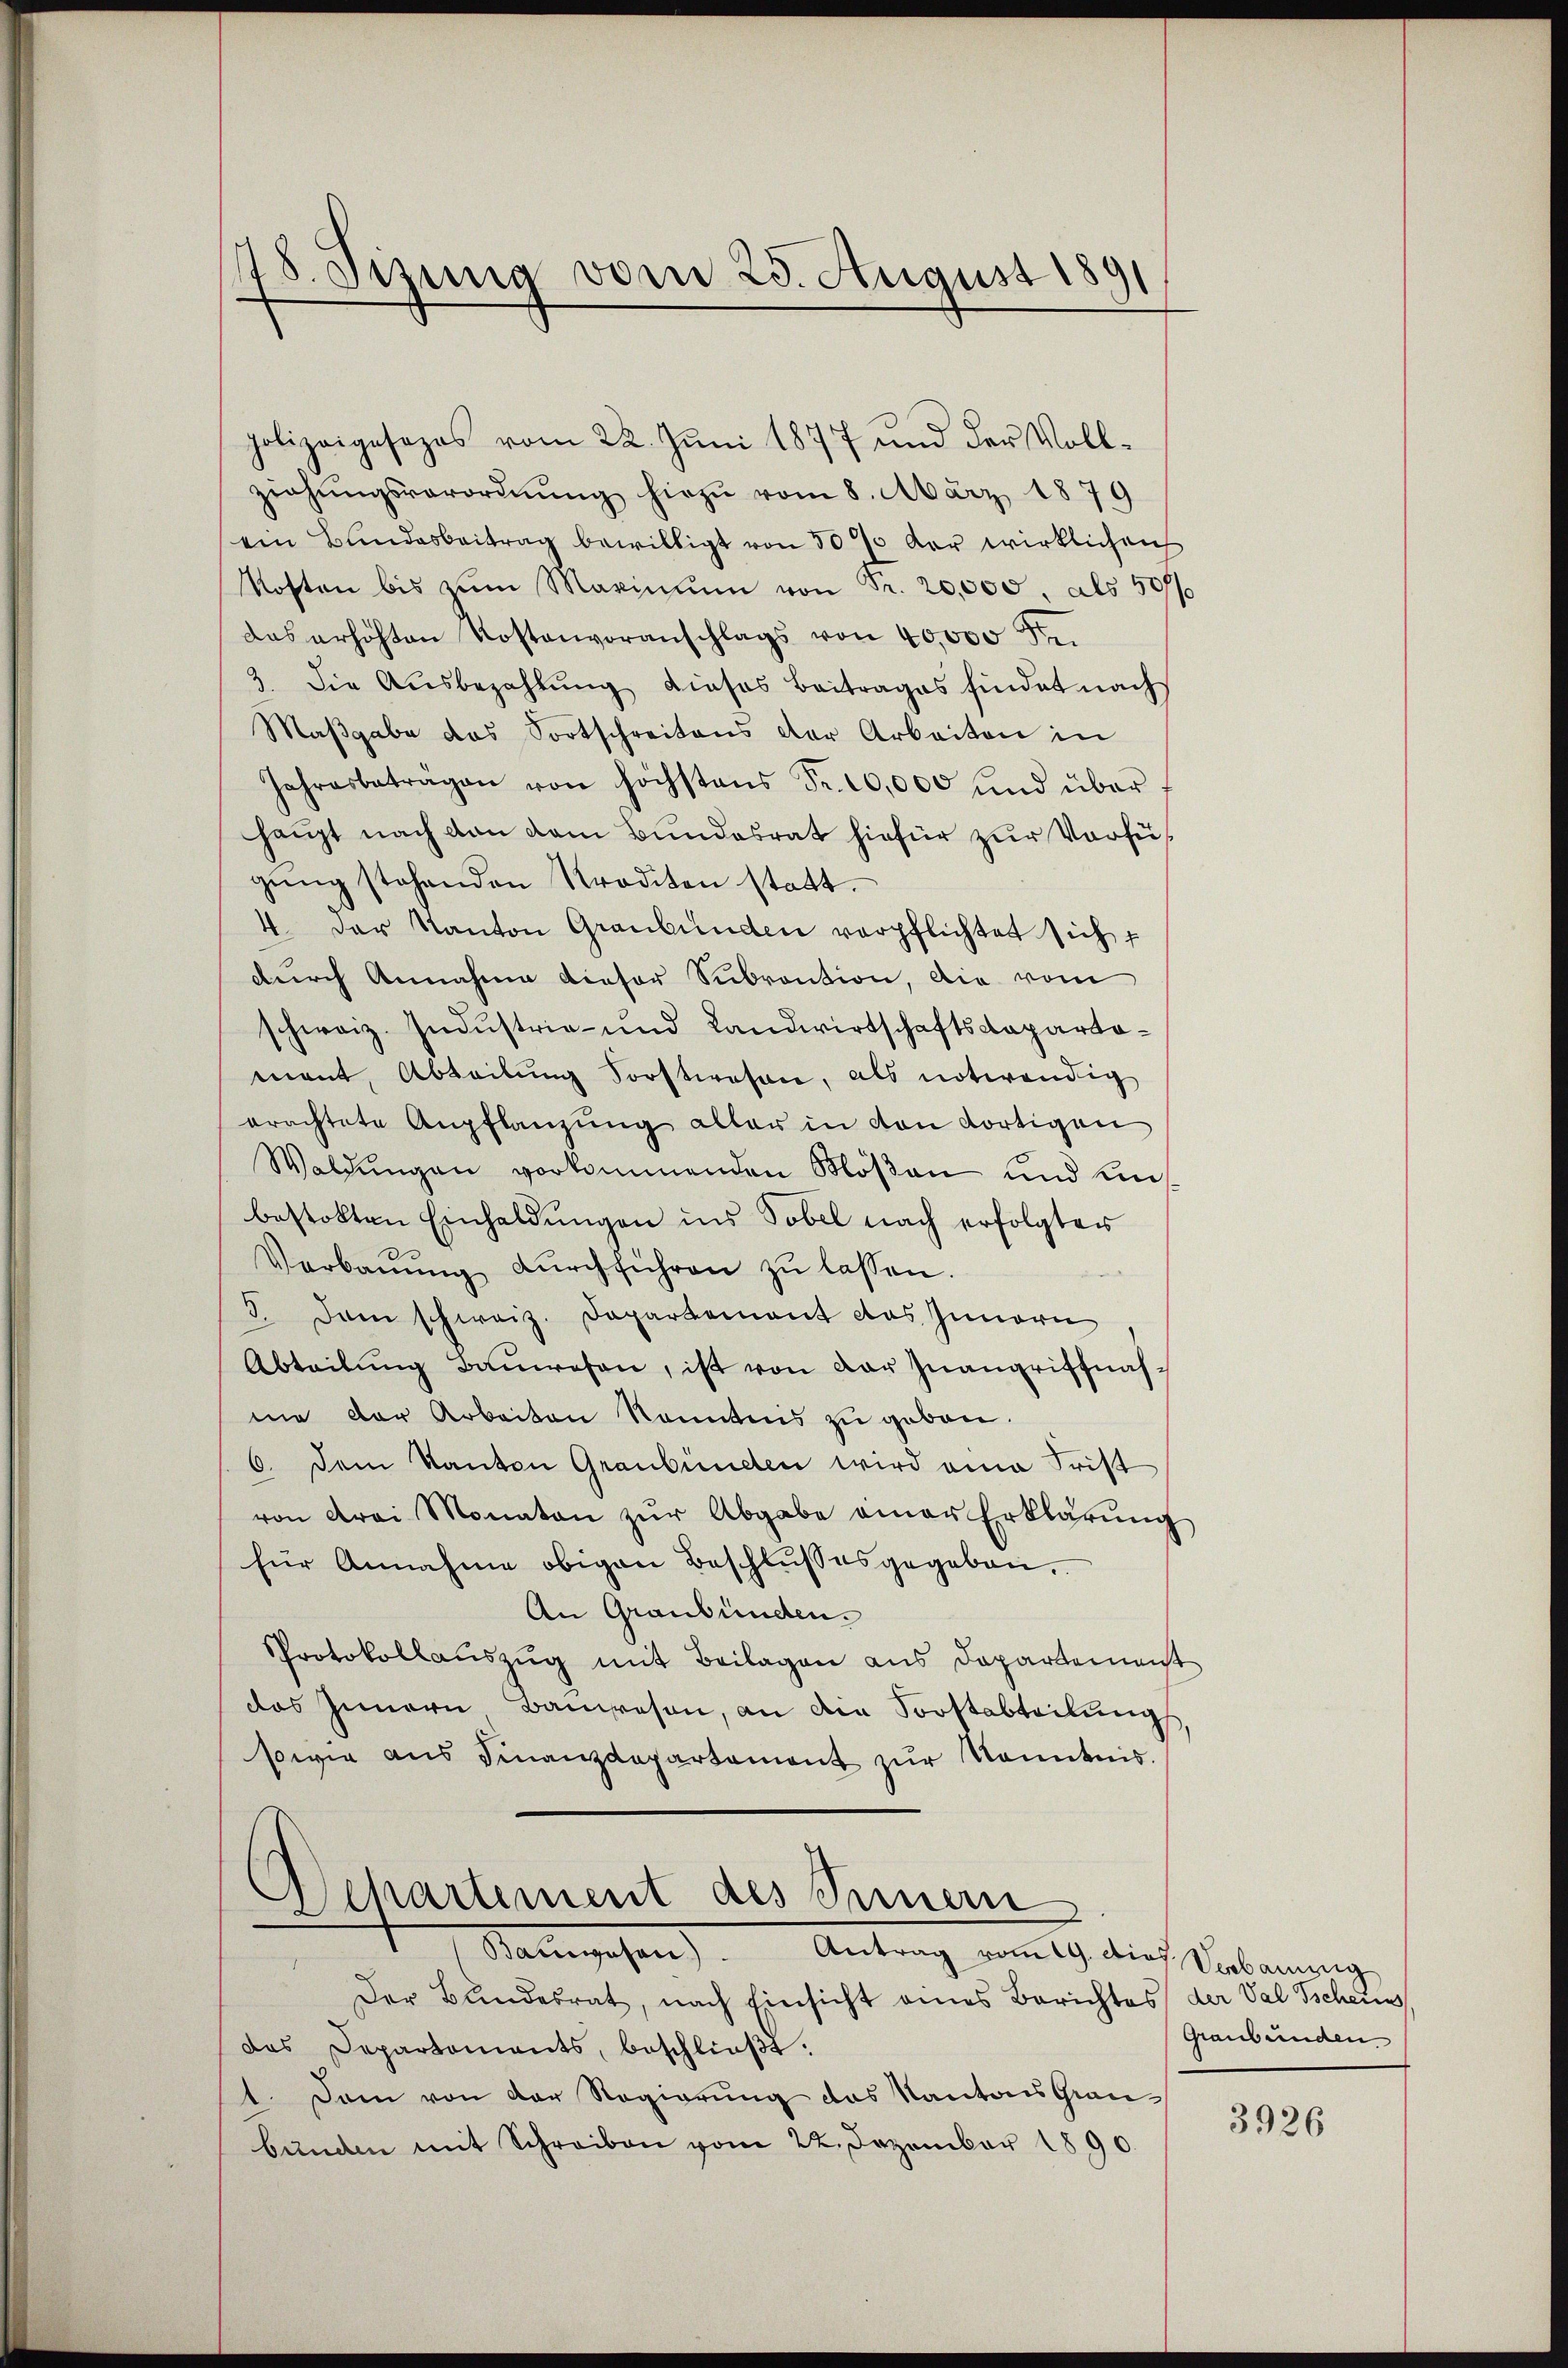
78. Sitzung vom 25. August 1891.

polizeigesezes vom 22. Jŭni 1877 und der Voll-
ziehŭngsverordnŭng hiezu vom 8. März 1879
ein Bundesbeitrag bewilligt von 50 % der wirklichen
Kosten bis zŭm Maximŭm von Fr. 20,000, als 507/
das erhöhten Kostenvoranschlags von 40,000 Frei
3. Die Aŭsbezahlŭng dieses Beitrages findet nach
Maβgabe das Fortschreitens der Arbeiten in
Jahresbeträgen von höchstens Fr. 10,000 und über
haupt nach den dem Bundesrat hiefür zur Verfügŭng stehenden Krediten statt.
4. Der Kanton Graubünden verpflichtet sicht
durch Annahme dieser Subvention, die vom
schweiz. Industria- und Landwirtschaftsdepartamant, Abteilung Forstwesen, als notwendig
erachtete Anpflanzŭng aller in von dortigen
Waldŭngen vorkommenden Möβen und umbestalten Einhaldungen ins Tobel nach erfolgter
Verbaŭŭng dŭrchführen zŭ lassen.
3. Dem schweiz. Departement das Innern
Abteilung Bauwesen, ist von der Inangriffnahme der Arbeiten kanntens zu geben.
6. Dem Kanton Graubünden wird eine Frist
von drei Monaten zŭr Abgabe einer Erklärŭng
für Annahme obigen Beschlußes gegeben.
An Graubünden.
Protokollauszug mit Beilagen aus Departemenst
das Innern Bauwesen, an die Forstabteilŭng
sowie aus Finanzdepartament zŭr Kenntnis.
Departement des Innern
Stammgehen
Antrag vom 19. dies Verbaug
Der Bundesrat, nach Einsicht eines Berichtes der Val Tschein
das Departements, beschlieβt.
1. Dann von der Regierung das Kantons Graubünden mit Schreiben vom 22. Dezember 1890.

Graubünden

3926